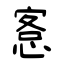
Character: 愙